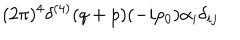
{ \displaystyle ( 2 \pi ) ^ { 4 } \delta ^ { ( 4 ) } ( q + p ) ( - i p _ { 0 } ) \alpha _ { i } \delta _ { i j } }